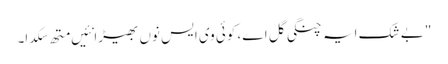
" بے شک ایہ چنگی گل اے، کوئی وی ایس نوں بھیڑا نئیں مِتھ سکدا۔